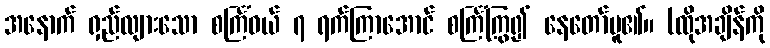
အနောက် ရှည်လျားသော စင်္ကြံဝယ် ၇ ရက်ကြာအောင် စင်္ကြံကြွ၍ နေတော်မူ၏။ (ထိုအချိန်ကို